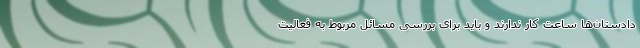
دادستان‌ها ساعت کار ندارند و باید برای بررسی مسائل مربوط به فعالیت